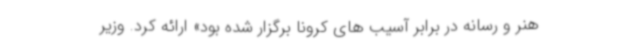
هنر و رسانه در برابر آسیب های کرونا برگزار شده بود» ارائه کرد. وزیر